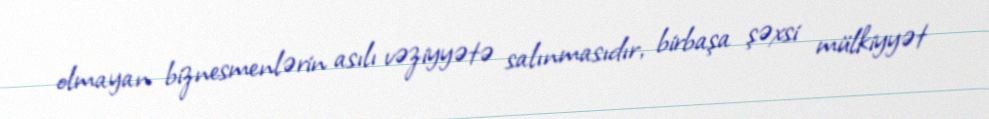
olmayan biznesmenlərin asılı vəziyyətə salınmasıdır, birbaşa şəxsi mülkiyyət